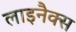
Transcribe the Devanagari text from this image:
लाइनैक्स